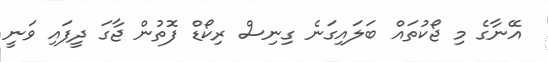
އޭނާގެ މި ޖޯކުތައް ބަލައިގަނެ ގިނިސް ރިކޯޑް ފޮތުން ޖާގަ ދީފައި ވަނީ